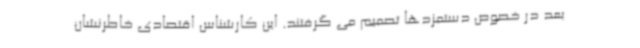
بعد در خصوص دستمزدها تصمیم می گرفتند. این کارشناس اقتصادی خاطرنشان